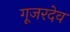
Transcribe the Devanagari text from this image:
गूजरदेव